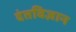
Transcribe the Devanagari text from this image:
दंतविज्ञान